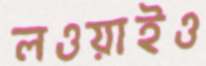
লওয়াইও